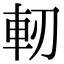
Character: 軔